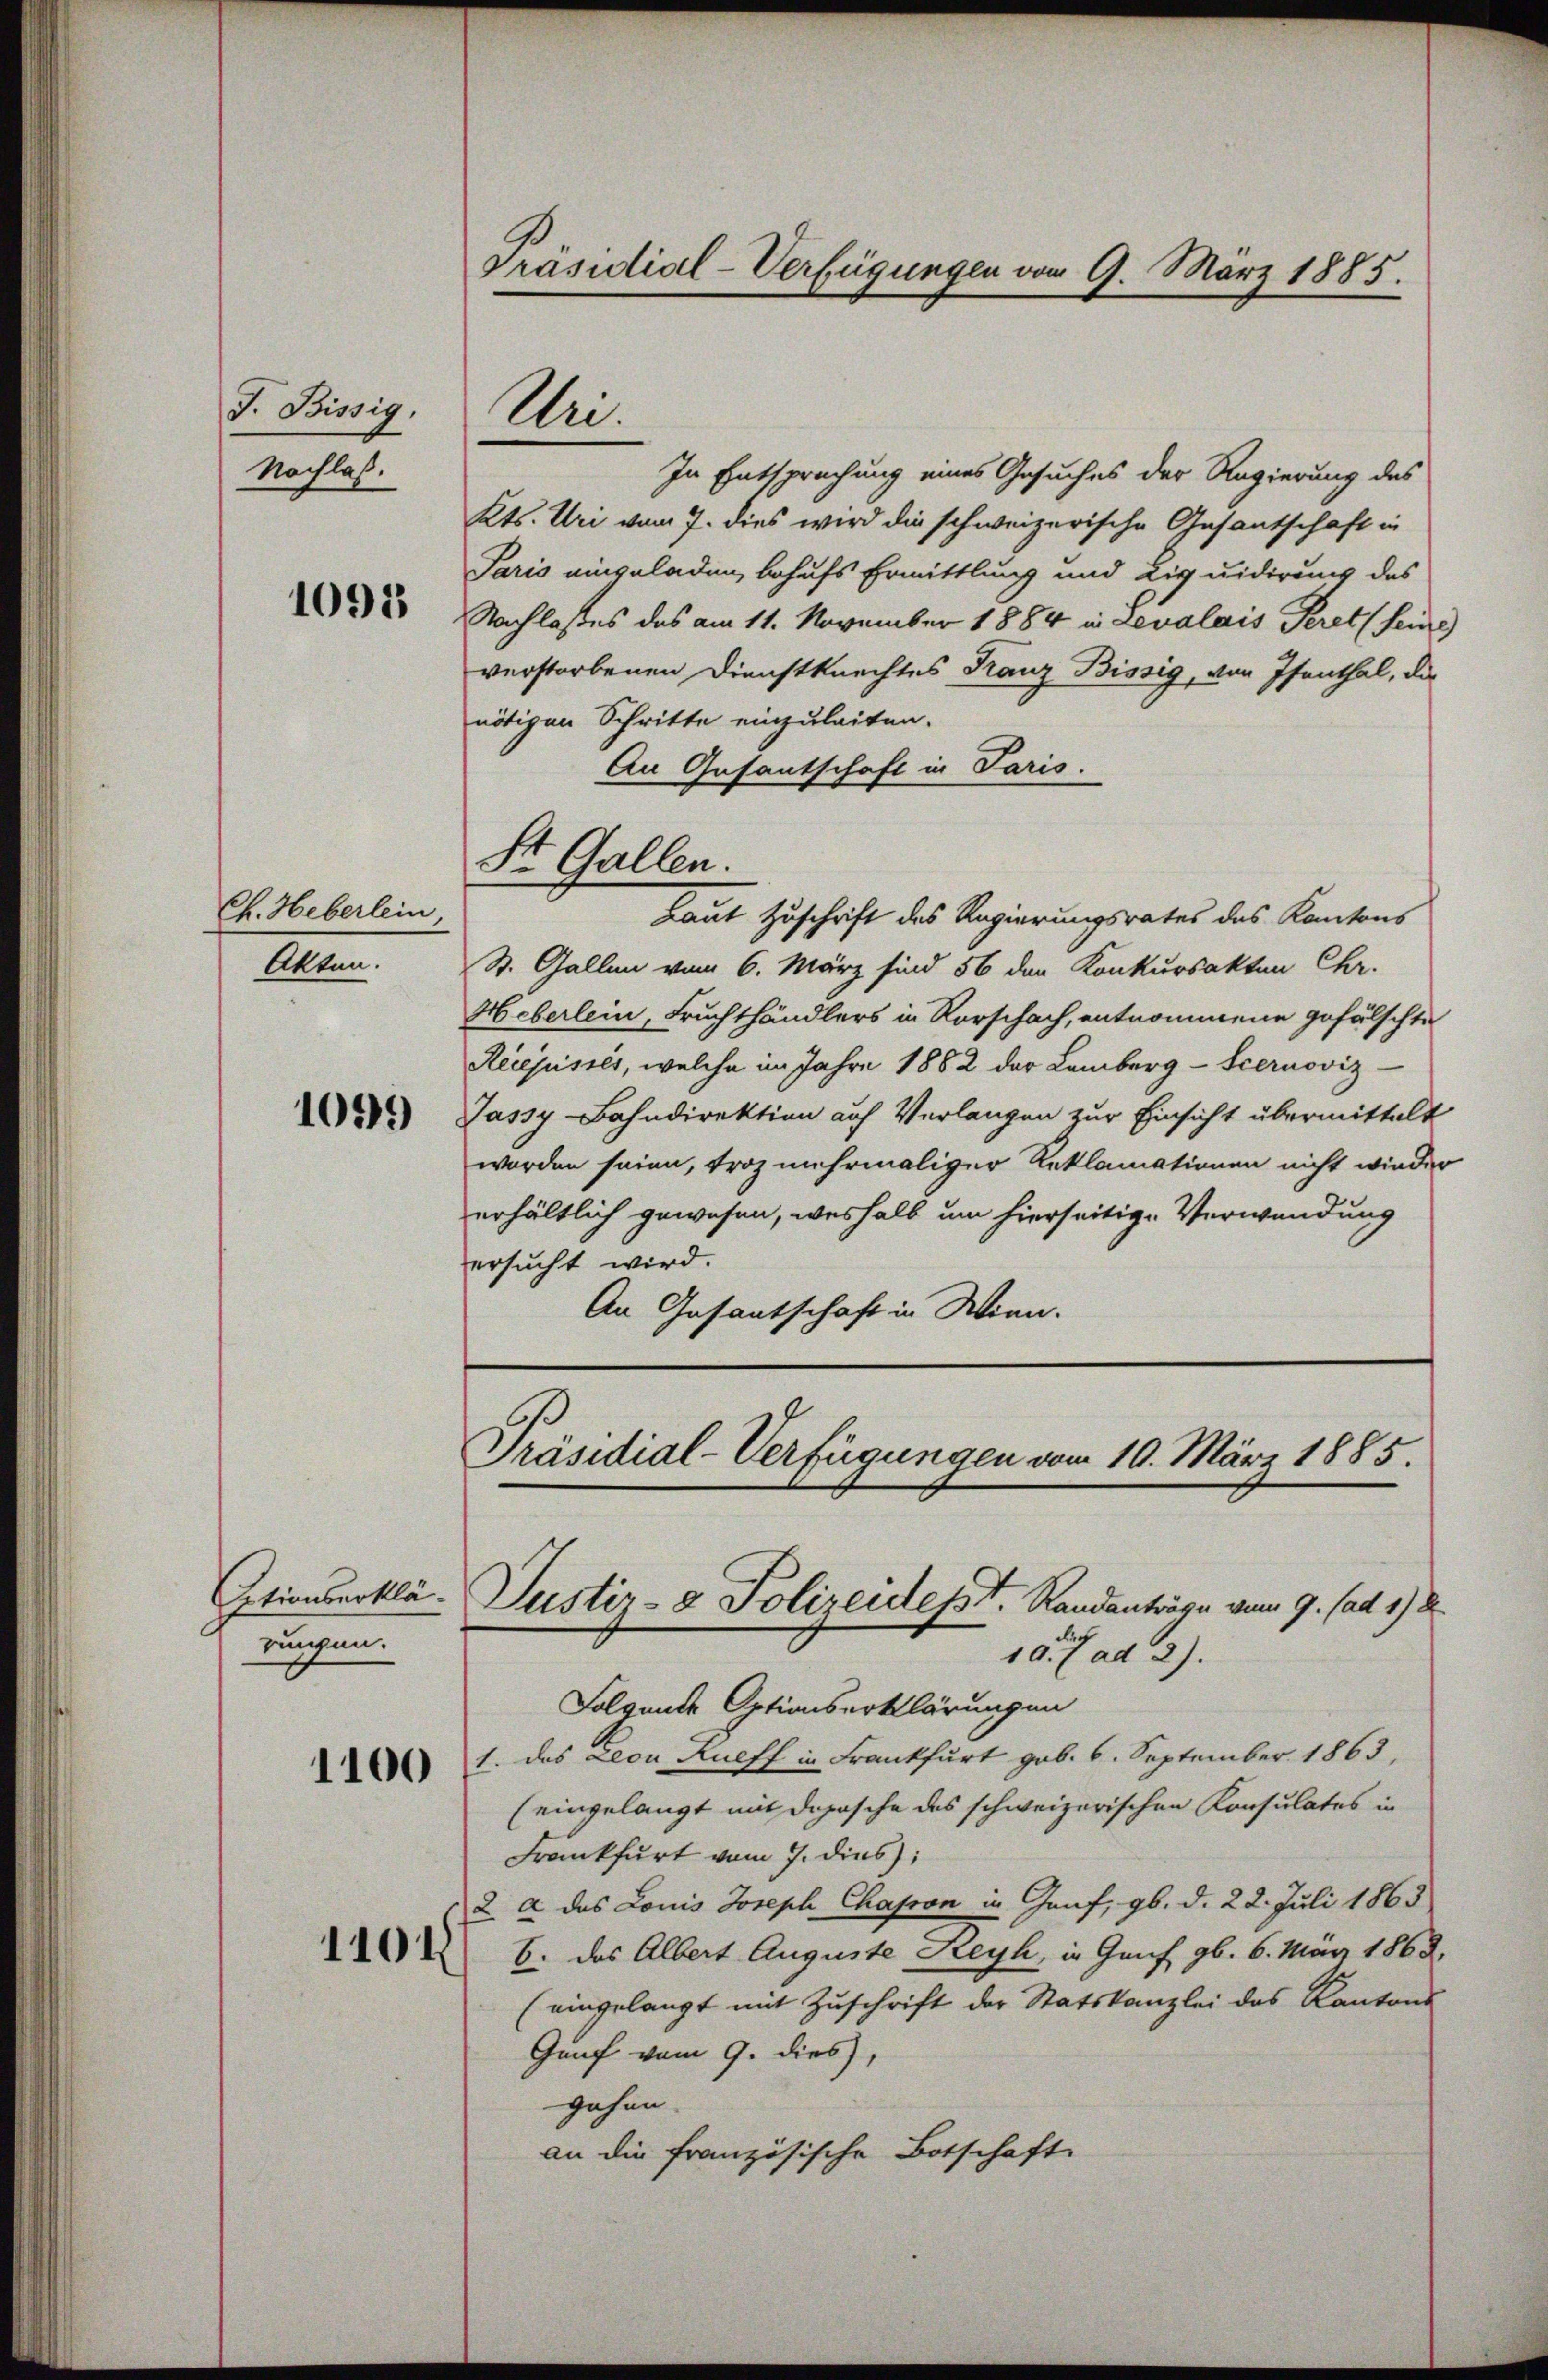
J. Bissig.
Nachlas.

1093

Ch. Heberlein
Akten.

1099

Etionserklärungen.

1100

1101

Präsidial-Verfügungen vom 9. März 1885.

A.

St. Gallen.

In Entsprechung eines Gesuches der Regierung des
Kts. Uri vom 7. dies wird die schweizerische Gesantschaft in
Paris eingeladen, behufs Ermittlung und Liquidirung des
Nachlasses des am 11. November 1884 in Levalais Peret seine
verstorbenen Dienstknechtes Franz Bissig, von Isenthal, die
nötigen Schritte einzuleiten.
An Gesantschaft in Paris.
Laut Zuschrift des Regierungsrates das Kantons
St. Gallen vom 6. März sind 56 den Konkursakten Chr.
Heberlein, Fruchthändlers in Vorschach, entnommene gefälschte
Recepisses, welche im Jahre 1882 der Lamberg-Scernoviz
Jassy-Bahndirektion auf Verlangen zur Einsicht übermittelt
worden seien, troz mehrmaliger Reklamationen nicht wieder
erhältlich gewesen, weshalb um hierseitige Verwendung
ersucht wird.
An Gasantschaft in Wien.

Präsidial-Verfügungen vom 10. März 1885.
Justiz- & Polizeidesst. Randanträge vom 9. ad 178
10 f ad 2.

Folgende Optionserklärungen
1. das Leon Kueff in Frankfurt geb. 6. September 1863.
(eingelangt mit Dopische das schweizerischen Konsulates in
Frankfurt vom 7. dies
2 a das Louis Joseph Chasson in Genf, gb. d. 22. Juli 1863
6. das Albert Auguste Reyh, in Genf gb. 6. März 1868,
(eingelangt mit Zuschrift der Statskanzlei des Kantons
Gunf vom 9. dies,
gehen.
an die französische Botschaft